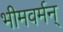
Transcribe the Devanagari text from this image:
भीमवर्मन्